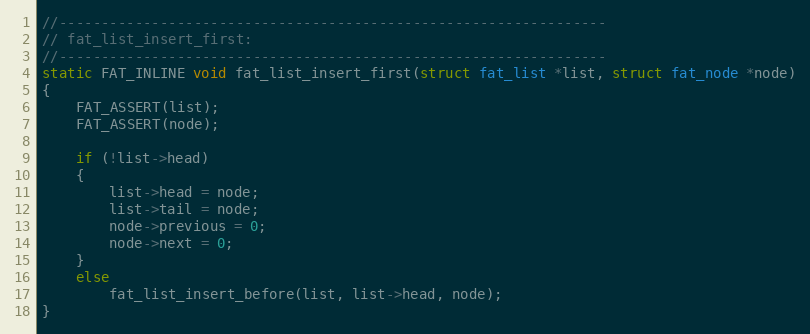
Language: C
//-----------------------------------------------------------------
// fat_list_insert_first:
//-----------------------------------------------------------------
static FAT_INLINE void fat_list_insert_first(struct fat_list *list, struct fat_node *node)
{
    FAT_ASSERT(list);
    FAT_ASSERT(node);

    if (!list->head)
    {
        list->head = node;
        list->tail = node;
        node->previous = 0;
        node->next = 0;
    }
    else
        fat_list_insert_before(list, list->head, node);
}